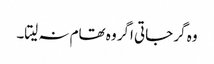
وہ گر جاتی اگر وہ تھام نہ لیتا۔